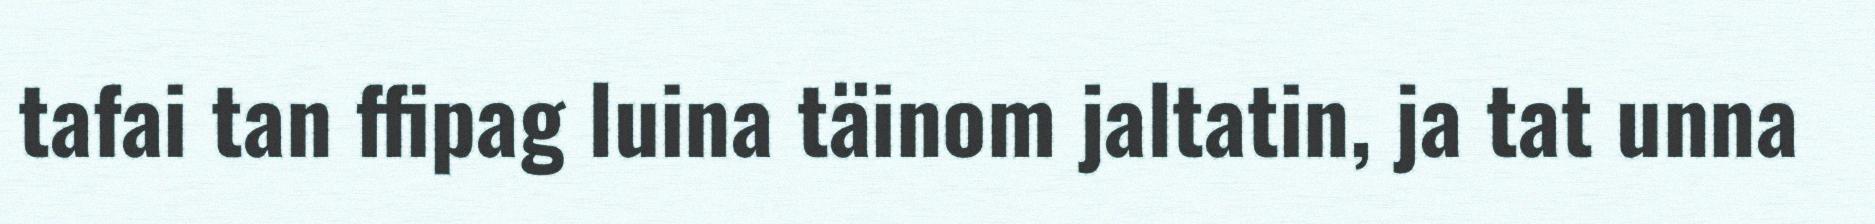
tafai tan ffipag luina täinom jaltatin, ja tat unna